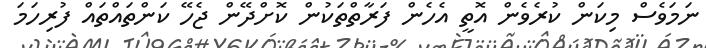
ނަމަވެސް މިކަން ކުރެވެން އޮތީ އެހެން ފަރާތްތަކުން ކޮށްދޭން ޖެހޭ ކަންތައްތައް ފުރިހަމަ